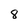
Character: 8